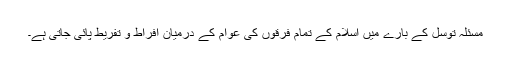
مسئلہ توسل کے بارے میں اسلام کے تمام فرقوں کی عوام کے درمیان افراط و تفریط پائی جاتی ہے۔